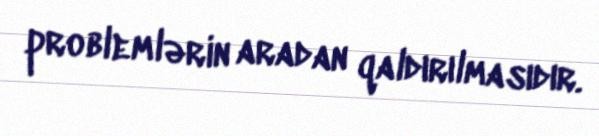
problemlərin aradan qaldırılmasıdır.